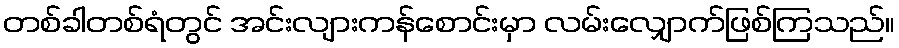
တစ်ခါတစ်ရံတွင် အင်းလျားကန်စောင်းမှာ လမ်းလျှောက်ဖြစ်ကြသည်။